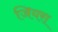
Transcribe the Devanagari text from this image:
जियरा